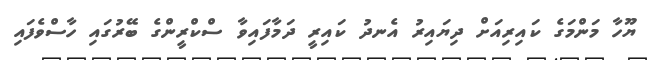
ޔޫހާ މަންމަގެ ކައިރިއަށް ދިޔައިރު އެނދު ކައިރީ ދަމާފައިވާ ސްކްރީންގެ ބޭރުގައި ހާސްވެފައި